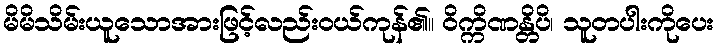
မိမိသိမ်းယူသောအားဖြင့်လည်းဝယ်ကုန်၏။ ဝိက္ကိဏန္တိပိ၊ သူတပါးကိုပေး